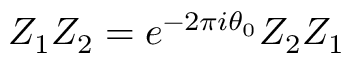
Z _ { 1 } Z _ { 2 } = e ^ { - 2 \pi i \theta _ { 0 } } Z _ { 2 } Z _ { 1 }